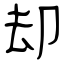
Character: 却